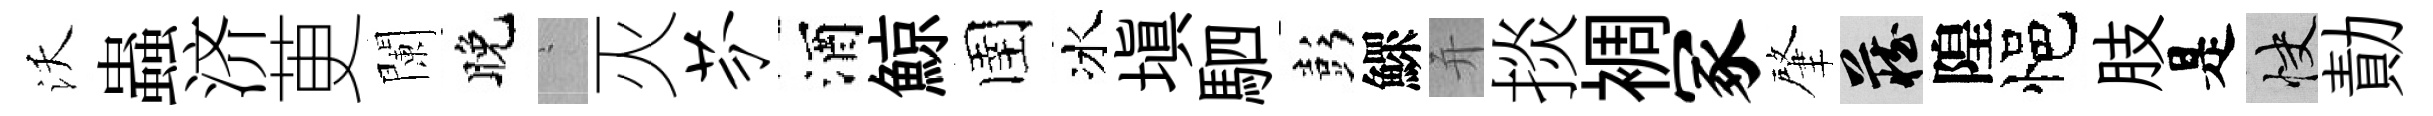
沃蟲济茰闌晚搖灭芬酒鯨圉冰塡駟彭鰥并掞裯冢肇藏隍悒肢是快勣